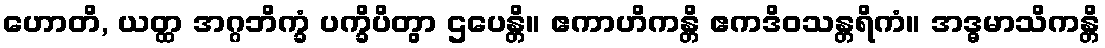
ဟောတိ, ယတ္ထ အဂ္ဂဘိက္ခံ ပက္ခိပိတွာ ဌပေန္တိ။ ဧကာဟိကန္တိ ဧကဒိဝသန္တရိကံ။ အဒ္ဓမာသိကန္တိ